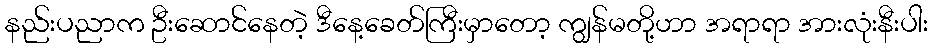
နည်းပညာက ဦးဆောင်နေတဲ့ ဒီနေ့ခေတ်ကြီးမှာတော့ ကျွန်မတို့ဟာ အရာရာ အားလုံးနီးပါး